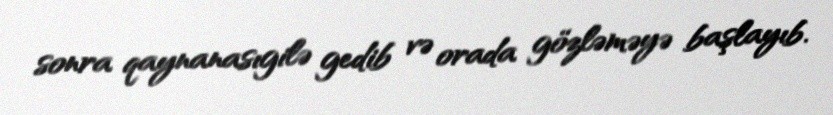
sonra qaynanasıgilə gedib və orada gözləməyə başlayıb.